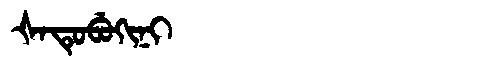
Manchu: ᡧᠠᡨᡠᠪᡠᡴᡳᠨᡳ
Romanization: ŠATUBUKINI